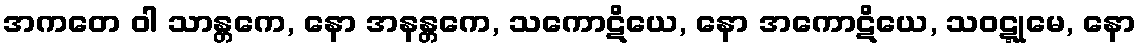
အကတေ ဝါ သာန္တကေ, နော အနန္တကေ, သကောဋိယေ, နော အကောဋိယေ, သဝဋ္ဋုမေ, နော